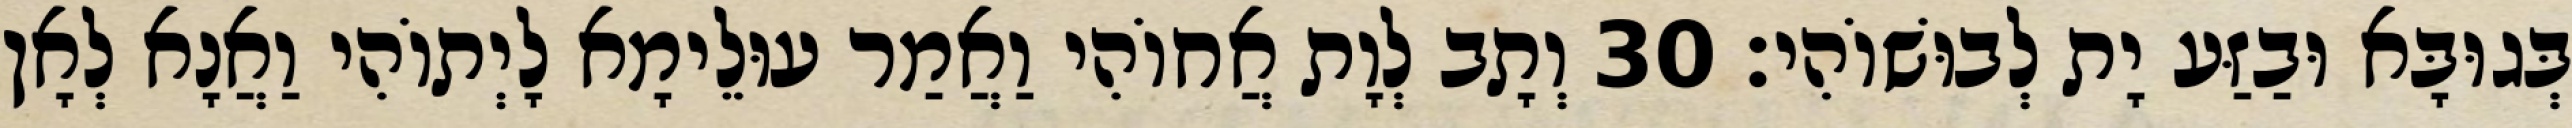
בְּגוּבָּא וּבַזַּע יָת לְבוּשׁוֹהִי׃ 30 וְתָב לְוָת אֲחוֹהִי וַאֲמַר עוּלֵימָא לָיְתוֹהִי וַאֲנָא לְאָן